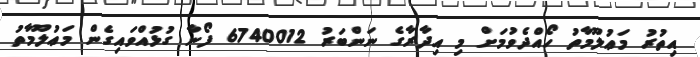
އިތުރު މަޢުލޫމާތު ހޯއްދެވުމަށް މި އިދާރާގެ ނަންބަރު 6740012 ފޯނާ ގުޅުއްވައިގެން މަޢުލޫމާތު